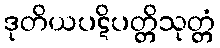
ဒုတိယပဋိပတ္တိသုတ္တံ